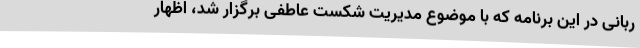
ربانی در این برنامه که با موضوع مدیریت شکست عاطفی برگزار شد، اظهار